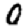
Digit: 0